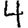
Digit: 4